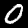
Label: 0